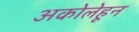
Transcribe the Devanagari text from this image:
अकोलेहून